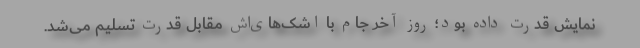
نمایش قدرت داده بود؛ روز آخر جام با اشک‌های‌اش مقابل قدرت تسلیم می‌شد.